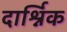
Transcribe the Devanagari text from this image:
दार्श्निक